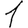
Digit: 1